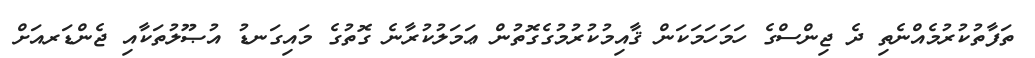
ތަފާތުކުރުމެއްނެތި ދެ ޖިންސްގެ ހަމަހަމަކަން ޤާއިމުކުރުމުގެގޮތުން ޢަމަލުކުރާނެ ގޮތުގެ މައިގަނޑު އުޞޫލުތަކާއި ޖެންޑަރއަށް